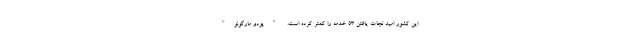
این کشور امید نجات یافتن ۵۳ خدمه را کمتر کرده است. "یودو مارگونو"